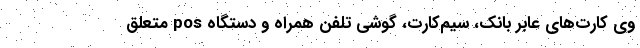
وی کارت‌های عابر بانک، سیم‌کارت، گوشی تلفن همراه و دستگاه pos متعلق